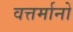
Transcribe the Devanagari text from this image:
वत्तर्मानो